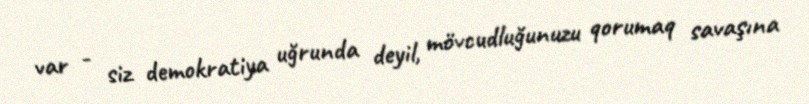
var - siz demokratiya uğrunda deyil, mövcudluğunuzu qorumaq savaşına